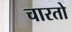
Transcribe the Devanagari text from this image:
चारतो